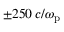
\pm 2 5 0 \, c / \omega _ { \mathrm { p } }